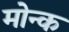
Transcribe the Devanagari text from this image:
मोन्क